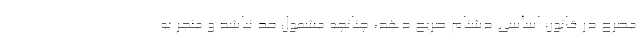
مصرح در قانون اساسی دشنام صریح دهد، چنانچه مشمول حد نباشد و منجر به